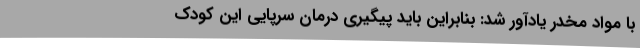
با مواد مخدر یادآور شد: بنابراین باید پیگیری درمان سرپایی این کودک